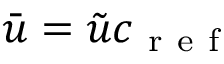
\bar { u } = \tilde { u } c _ { \mathrm { ~ r ~ e ~ f ~ } }